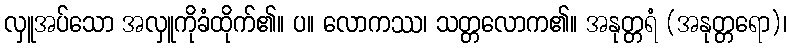
လှူအပ်သော အလှူကိုခံထိုက်၏။ ပ။ လောကဿ၊ သတ္တလောက၏။ အနုတ္တရံ (အနုတ္တရော)၊